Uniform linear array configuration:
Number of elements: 24
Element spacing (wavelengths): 0.75
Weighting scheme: exponential
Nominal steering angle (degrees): -45
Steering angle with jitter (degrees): -43.966
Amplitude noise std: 0.05
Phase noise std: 0.05

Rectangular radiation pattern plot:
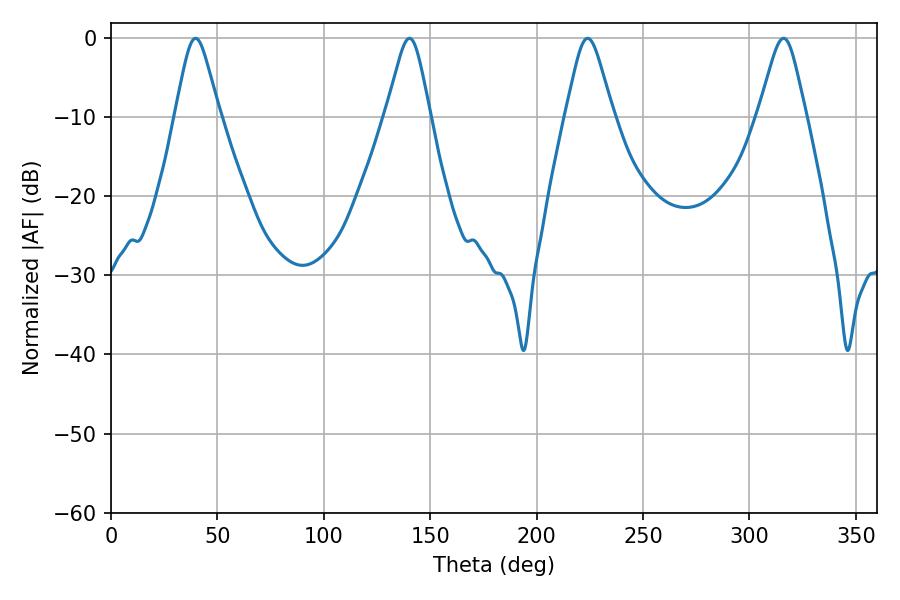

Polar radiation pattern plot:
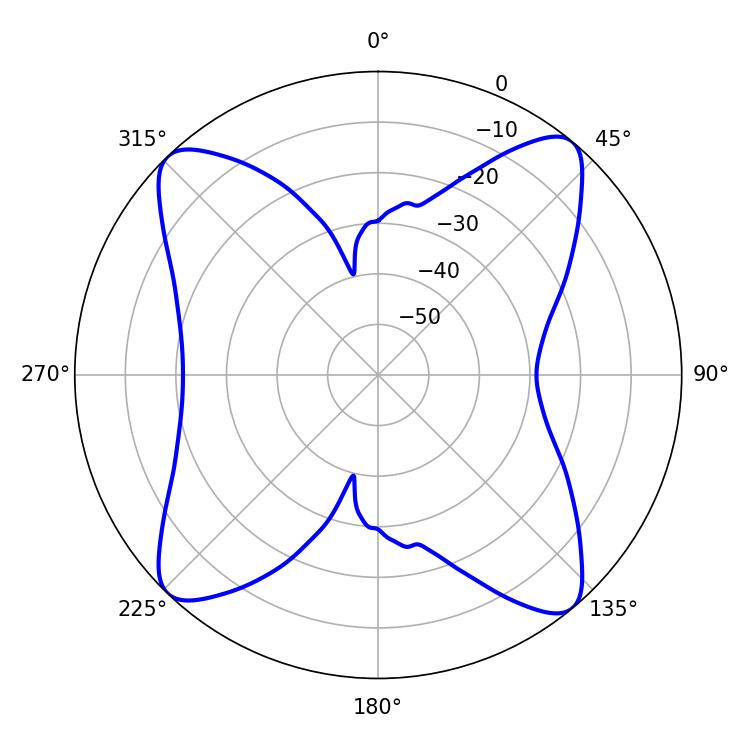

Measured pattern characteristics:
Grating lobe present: TRUE
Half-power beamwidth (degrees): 10.62
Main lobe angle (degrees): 223.92